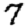
Digit: 7